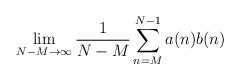
LaTeX: \begin{align*}\lim_{N-M\to \infty} \frac{1}{N-M}\sum_{n=M}^{N-1} a(n)b(n)\end{align*}